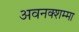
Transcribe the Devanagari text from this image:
अवनक्शम्मा